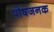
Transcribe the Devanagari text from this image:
पोषजनक